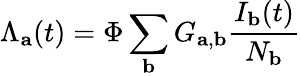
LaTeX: \Lambda_{\mathbf{a}}(t)=\Phi\sum_{\mathbf{b}}G_{\mathbf{a},\mathbf{b}}\frac{I_{\mathbf{b}}(t)}{N_{\mathbf{b}}}